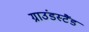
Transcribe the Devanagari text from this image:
ग्राउंडस्टैंड